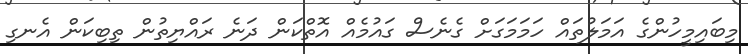
މިބައިމީހުންގެ އަމަލުތައް ހަމަމަގަށް ގެނެސް ގައުމެއް އޮތްކަން ދަނެ ރައްޔިތުން ތިބިކަން އެނގި